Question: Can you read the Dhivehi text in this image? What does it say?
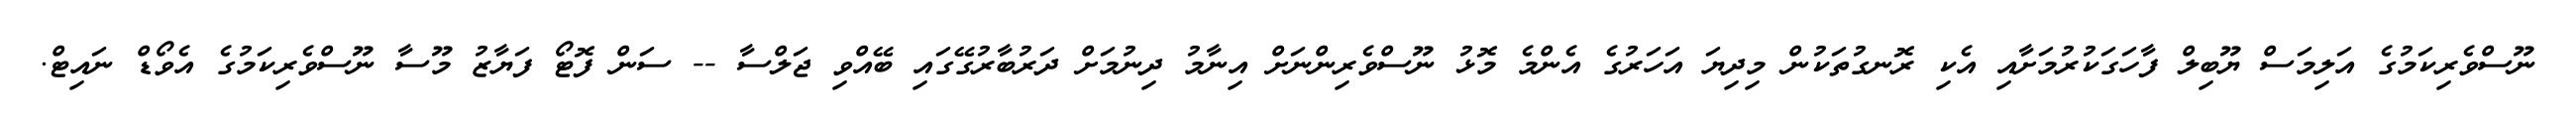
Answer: ނޫސްވެރިކަމުގެ އަލިމަސް ޔޫބިލް ފާހަގަކުރުމަށާއި އެކި ރޮނގުތަކުން މިދިޔަ އަހަރުގެ އެންމެ މޮޅު ނޫސްވެރިންނަށް އިނާމު ދިނުމަށް ދަރުބާރުގޭގައި ބޭއްވި ޖަލްސާ -- ސަން ފޮޓޯ ފަޔާޒު މޫސާ ނޫސްވެރިކަމުގެ އެވޯޑް ނައިޓް.